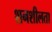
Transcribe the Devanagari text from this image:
शनशीलता